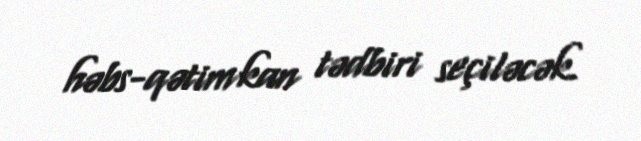
həbs-qətimkan tədbiri seçiləcək.